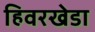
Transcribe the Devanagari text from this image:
हिवरखेडा